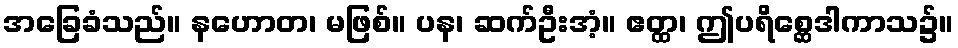
အခြေခံသည်။ နဟောတ၊ မဖြစ်။ ပန၊ ဆက်ဦးအံ့။ ဧတ္ထ၊ ဤပရိစ္ဆေဒါကာသ၌။